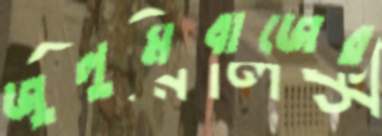
জুলুমবাজের